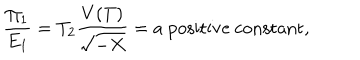
LaTeX: \frac { \Pi _ { 1 } } { E _ { 1 } } = T _ { 2 } \frac { V ( T ) } { \sqrt { - X } } = \mathrm { a ~ p o s i t i v e ~ c o n s t a n t } ,